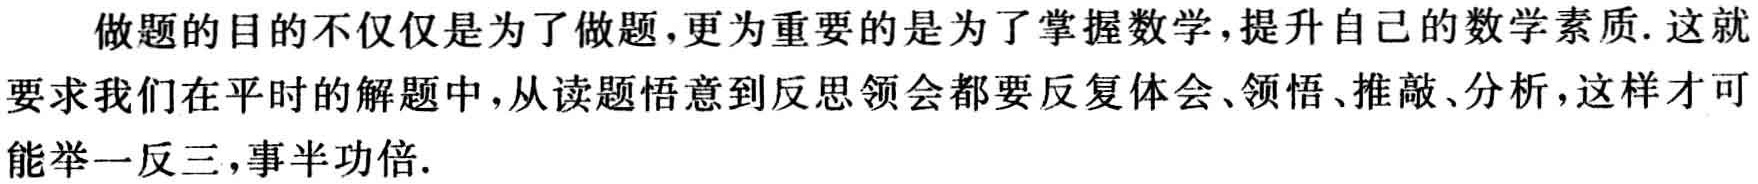
做题的目的不仅仅是为了做题,更为重要的是为了掌握数学,提升自己的数学素质. 这就要求我们在平时的解题中,从读题悟意到反思领会都要反复体会、领悟、推敲、分析,这样才可能举一反三,事半功倍.